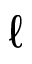
\ell